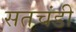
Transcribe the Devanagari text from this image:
सतचंडी